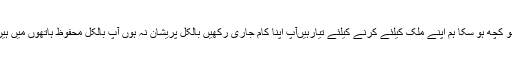
جو کچھ ہو سکا ہم اپنے ملک کیلئے کرنے کیلئے تیارہیںآپ اپنا کام جاری رکھیں بالکل پریشان نہ ہوں آپ بالکل محفوظ ہاتھوں میں ہیں۔